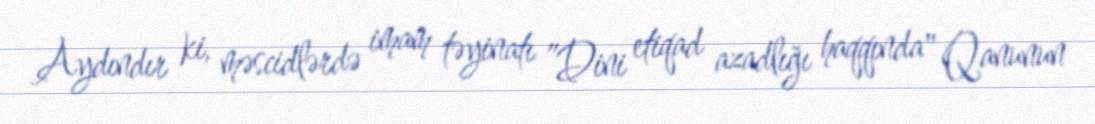
Aydındır ki, məscidlərdə imam təyinatı ”Dini etiqad azadlığı haqqında" Qanunun